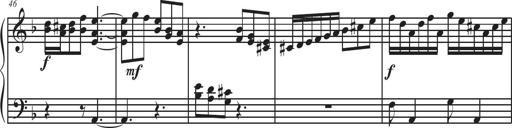
Title: Sonatina Espania
Composer: Jerald Franklin Archer
Key: Various